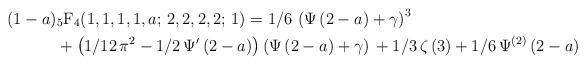
LaTeX: \begin{align*} \displaystyle \left( 1-a \right) &\mbox{$_5$F$_4$}(1,1,1,1,a;\,2,2,2,2;\,1)=1/6\, \left( \Psi \left( 2-a \right) +\gamma \right) ^{3}\\ &+ \left( 1/12\,{\pi}^{2}-1/2\,\Psi^{\prime} \left(2-a \right) \right) \left( \Psi \left( 2-a \right) +\gamma \right) \mbox{} +1/3\,\zeta \left( 3 \right) +1/6\,\Psi^{(2)} \left(2-a \right) \end{align*}